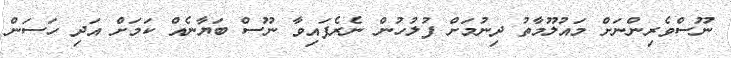
ނޫސްވެރިންނަށް މައުލޫމާތު ދިނުމަށް ފުލުހުން ނެރެފައިވާ ނޫސް ބަޔާނެއް ކަމަށް އަދި ހަސަން